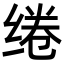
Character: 绻